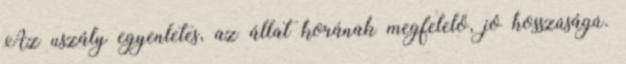
Az uszály egyenletes, az állat korának megfelelő, jó hosszúságú.